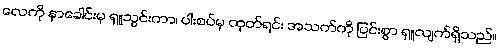
လေကို နှာခေါင်းမှ ရှူသွင်းကာ၊ ပါးစပ်မှ ထုတ်ရင်း အသက်ကို ပြင်းစွာ ရှူလျက်ရှိသည်။